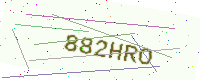
Text: 882HRO